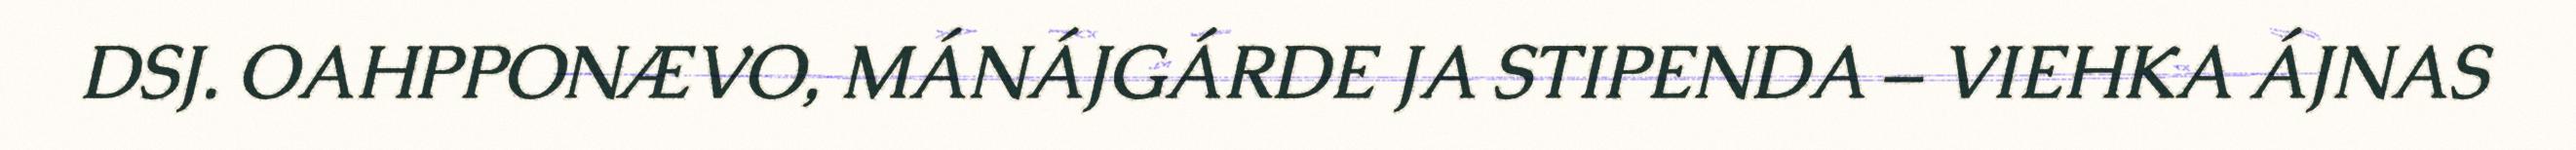
DSJ. OAHPPONÆVO, MÁNÁJGÁRDE JA STIPENDA – VIEHKA ÁJNAS